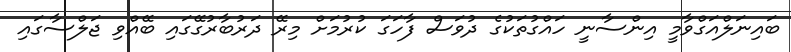
ބައިނަލްއަގްވާމީ އިންސާނީ ހައްގުތަކުގެ ދުވަސް ފާހަގަ ކުރުމަށް މިރޭ ދަރުބާރުގޭގައި ބޭއްވި ޖަލްސާގައި